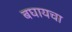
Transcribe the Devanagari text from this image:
बघायचा